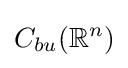
C_{bu}(\mathbb {R} ^{n})